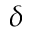
\delta